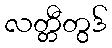
လတ္တီတွဒ်